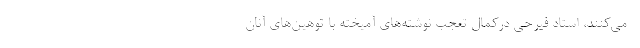
- می‌کنند، استاد فیرحی درکمال تعجب نوشته‌های آمیخته با توهین‌های آنان